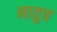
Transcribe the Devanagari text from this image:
नातुच